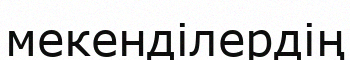
мекенділердің